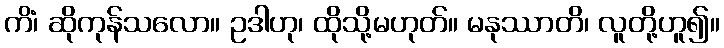
ကိံ၊ ဆိုကုန်သလော။ ဥဒါဟု၊ ထိုသို့မဟုတ်။ မနုဿာတိ၊ လူတို့ဟူ၍။